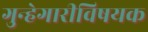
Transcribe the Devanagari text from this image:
गुन्हेगारीविषयक